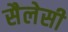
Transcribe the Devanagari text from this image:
सैलेसी